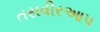
તસવીરઆપ